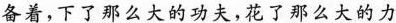
备着，下了那么大的功夫，花了那么大的力